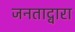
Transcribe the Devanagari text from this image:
जनताद्वारा